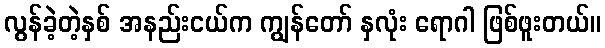
လွန်ခဲ့တဲ့နှစ် အနည်းငယ်က ကျွန်တော် နှလုံး ရောဂါ ဖြစ်ဖူးတယ်။